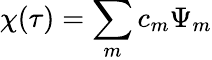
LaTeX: \chi(\tau)=\sum_{m}c_{m}\Psi_{m}